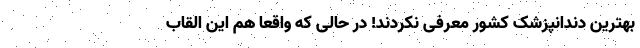
بهترین دندانپزشک کشور معرفی نکردند! در حالی که واقعاً هم این القاب